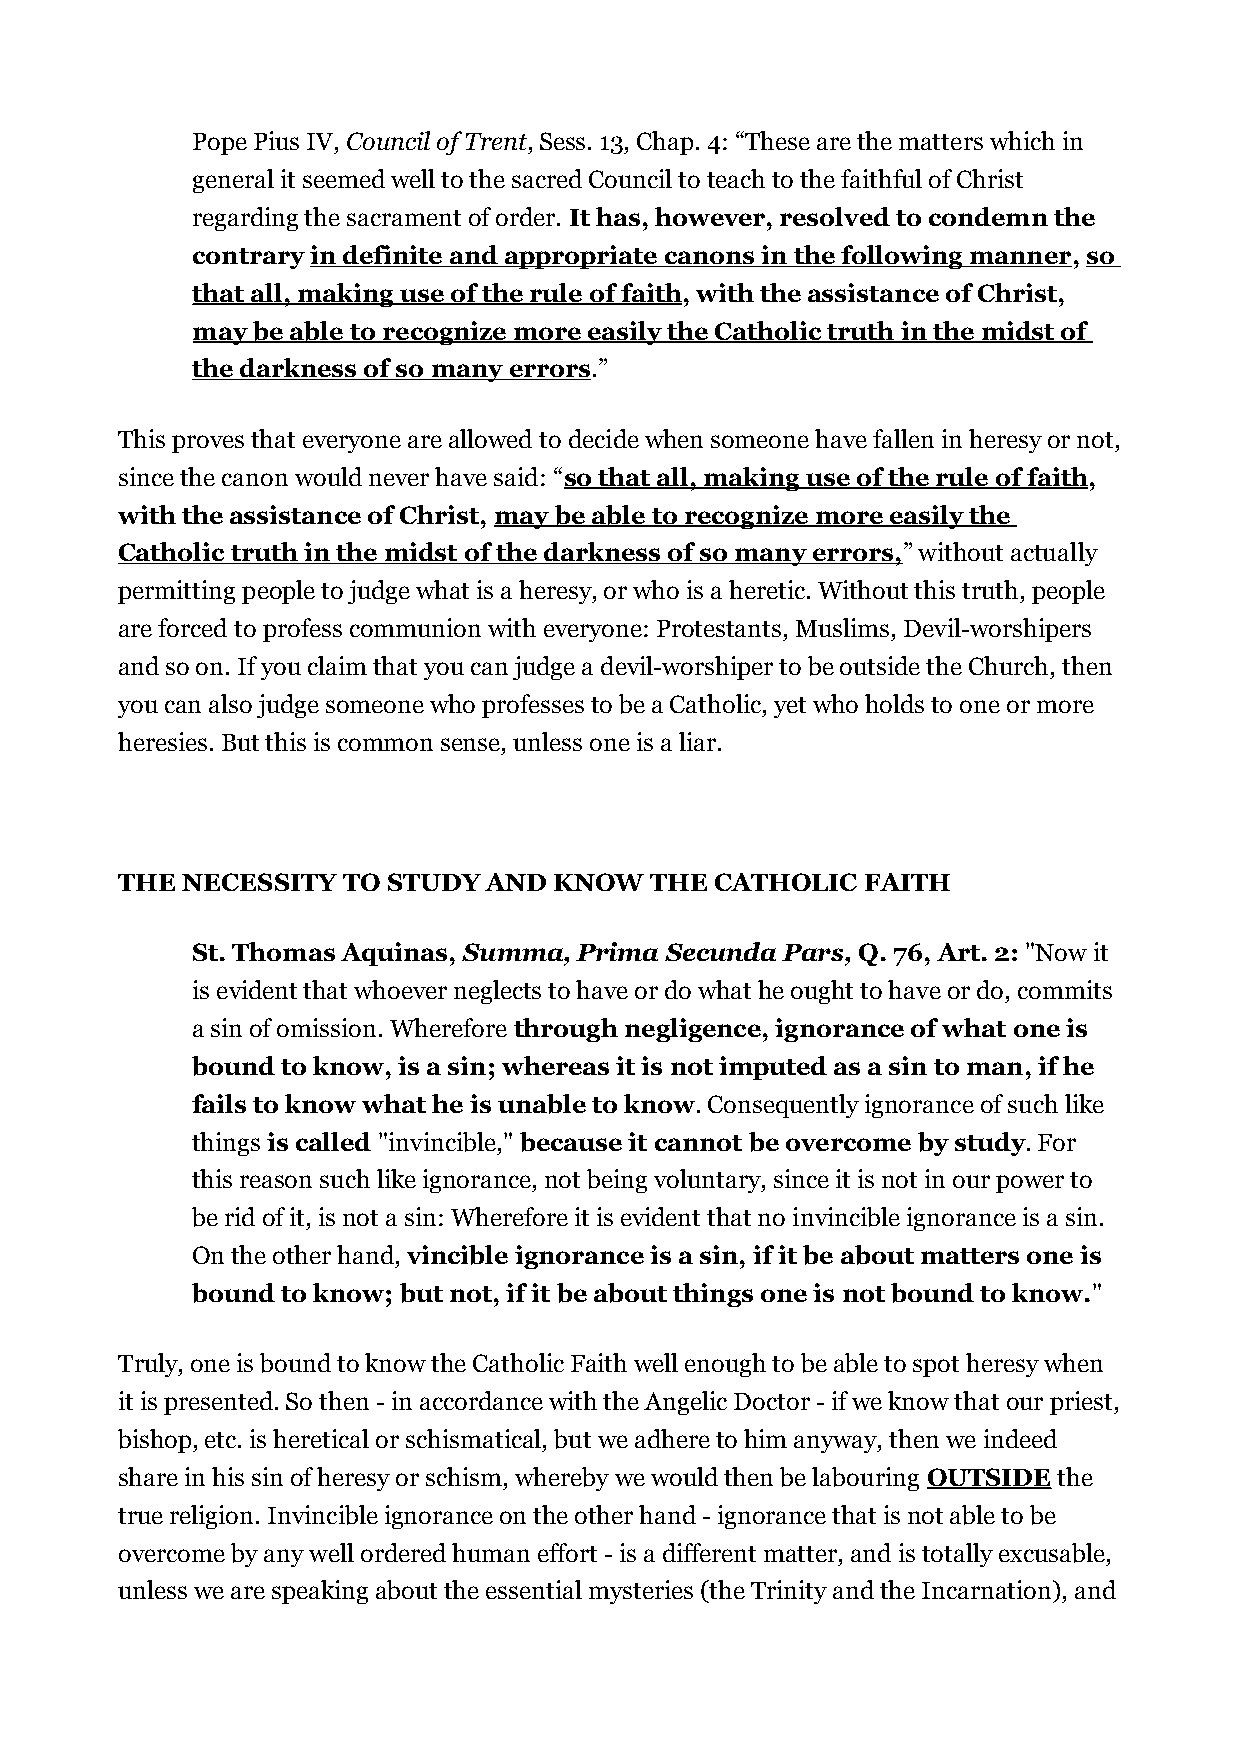
Pope Pius IV, Council of Trent, Sess. 13, Chap. 4: “These are the matters which in
 general it seemed well to the sacred Council to teach to the faithful of Christ
 regarding the sacrament of order. It has, however, resolved to condemn the
 contrary in definite and appropriate canons in the following manner, so
 that all, making use of the rule of faith, with the assistance of Christ,
 may be able to recognize more easily the Catholic truth in the midst of
 the darkness of so many errors.”
 This proves that everyone are allowed to decide when someone have fallen in heresy or not,
 since the canon would never have said: “so that all, making use of the rule of faith,
 with the assistance of Christ, may be able to recognize more easily the
 Catholic truth in the midst of the darkness of so many errors,” without actually
 permitting people to judge what is a heresy, or who is a heretic. Without this truth, people
 are forced to profess communion with everyone: Protestants, Muslims, Devil-worshipers
 and so on. If you claim that you can judge a devil-worshiper to be outside the Church, then
 you can also judge someone who professes to be a Catholic, yet who holds to one or more
 heresies. But this is common sense, unless one is a liar.
 THE NECESSITY  TO STUDY AND  KNOW  THE CATHOLIC  FAITH
 St. Thomas Aquinas, Summa, Prima Secunda Pars, Q. 76, Art. 2: "Now it
 is evident that whoever neglects to have or do what he ought to have or do, commits
 a sin of omission. Wherefore through negligence, ignorance of what one is
 bound to know, is a sin; whereas it is not imputed as a sin to man, if he
 fails to know what he is unable to know. Consequently ignorance of such like
 things is called "invincible," because it cannot be overcome by study. For
 this reason such like ignorance, not being voluntary, since it is not in our power to
 be rid of it, is not a sin: Wherefore it is evident that no invincible ignorance is a sin.
 On the other hand, vincible ignorance is a sin, if it be about matters one is
 bound to know; but not, if it be about things one is not bound to know."
 Truly, one is bound to know the Catholic Faith well enough to be able to spot heresy when
 it is presented. So then - in accordance with the Angelic Doctor - if we know that our priest,
 bishop, etc. is heretical or schismatical, but we adhere to him anyway, then we indeed
 share in his sin of heresy or schism, whereby we would then be labouring OUTSIDE the
 true religion. Invincible ignorance on the other hand - ignorance that is not able to be
 overcome by any well ordered human effort - is a different matter, and is totally excusable,
 unless we are speaking about the essential mysteries (the Trinity and the Incarnation), and